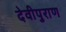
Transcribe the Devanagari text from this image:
देवीपुराण